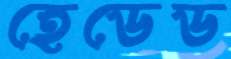
হেডেড